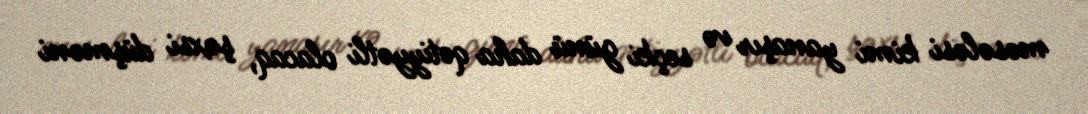
məsələsi kimi yanaşır və seçki günü daha qətiyyətli olacaq, şəxsi düşməni